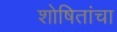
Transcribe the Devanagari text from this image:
शोषितांचा